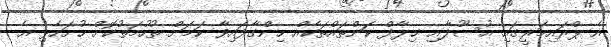
އެ ޕްރައިމަރީގައި އުސޫލާއި ޚިލާފް ކަންތައްތަކެއް ހިންގާފައިވާ ކަމަށް ތުހުމަތުކޮށް ހުށަހެޅި އެ